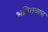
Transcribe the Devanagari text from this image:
भवितव्यच